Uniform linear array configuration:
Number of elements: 12
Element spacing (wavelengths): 0.5
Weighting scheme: hann
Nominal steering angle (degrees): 0
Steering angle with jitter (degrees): -1.996
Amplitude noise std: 0.05
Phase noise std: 0.05

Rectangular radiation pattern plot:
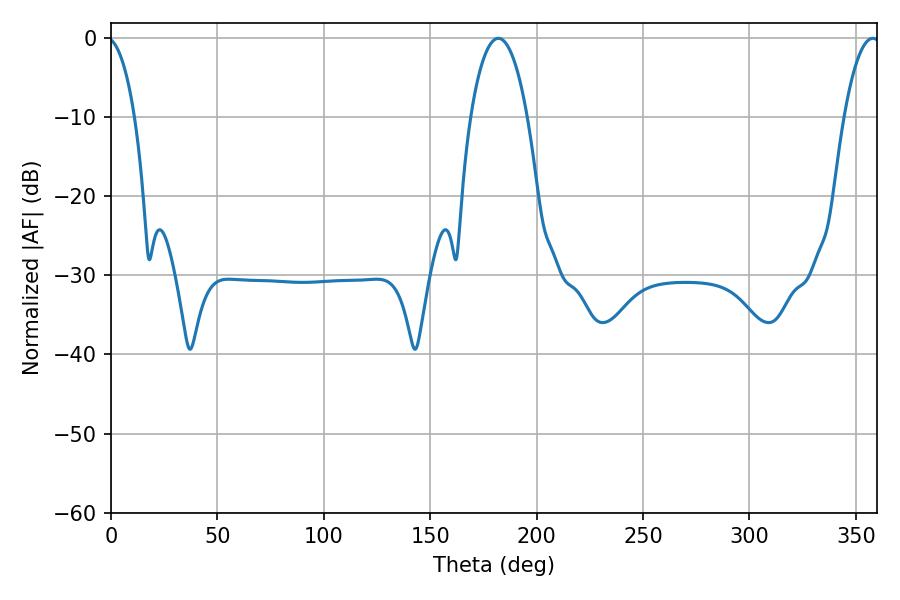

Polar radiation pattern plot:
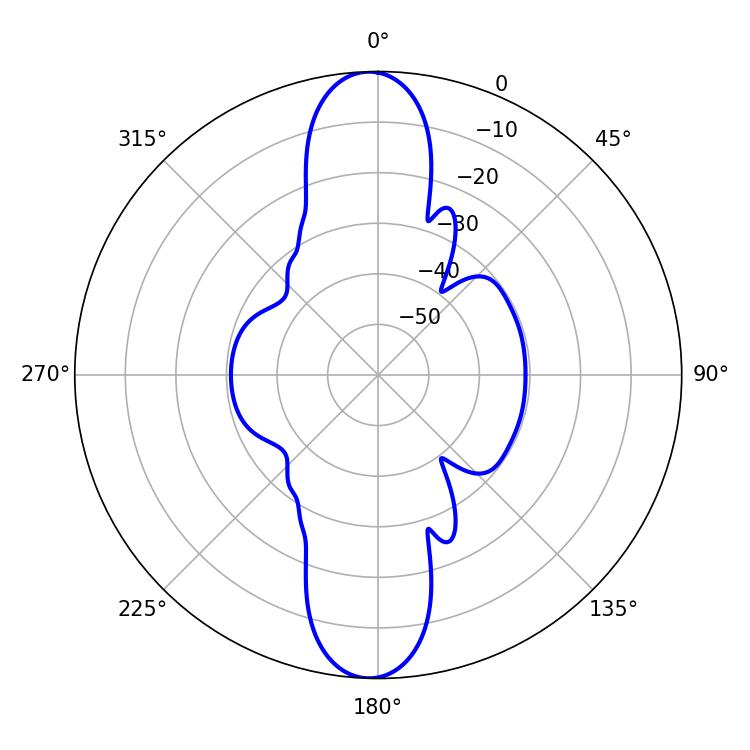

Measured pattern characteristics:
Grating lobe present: FALSE
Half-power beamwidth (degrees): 14.94
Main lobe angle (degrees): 181.98